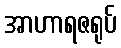
အာဟာရဇရုပ်